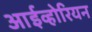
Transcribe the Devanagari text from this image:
आईव्होरियन